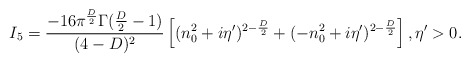
\begin{align*}I_5 = \frac{-16 \pi^{\frac{D}{2}} \Gamma (\frac{D}{2}-1)}{(4-D)^2}\left[(n_0^2 +i\eta^{\prime})^{2-\frac{D}{2}} + (-n_0^2 +i\eta^{\prime})^{2-\frac{D}{2}} \right],\eta^{\prime} > 0.\end{align*}